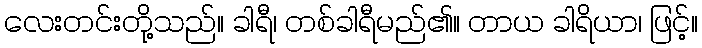
လေးတင်းတို့သည်။ ခါရီ၊ တစ်ခါရီမည်၏။ တာယ ခါရိယာ၊ ဖြင့်။